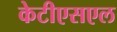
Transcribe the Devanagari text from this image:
केटीएसएल